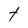
Character: t